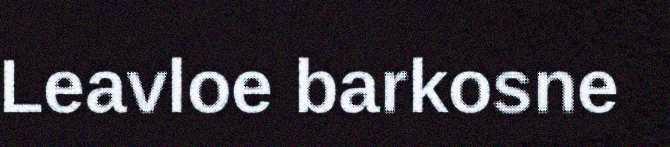
Leavloe barkosne